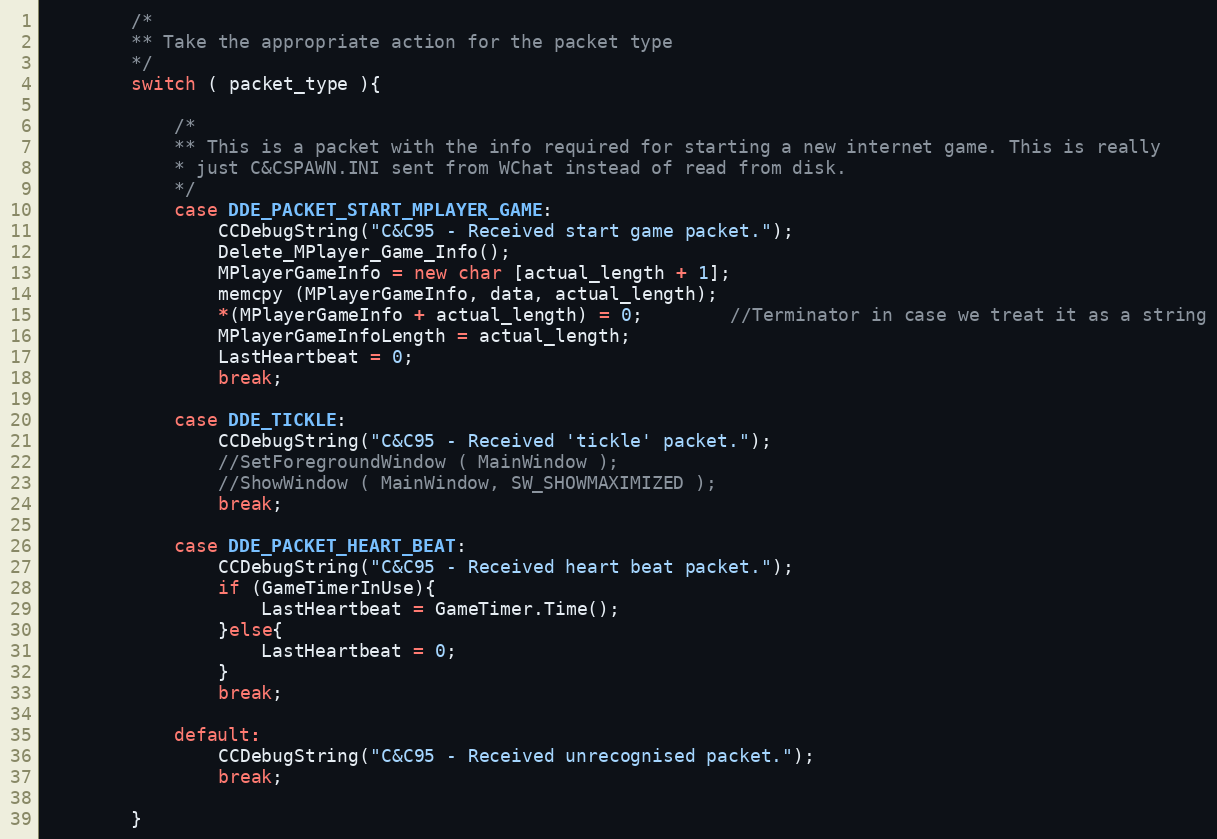
Language: C++
		/*
		** Take the appropriate action for the packet type
		*/
		switch ( packet_type ){

			/*
			** This is a packet with the info required for starting a new internet game. This is really
		 	* just C&CSPAWN.INI sent from WChat instead of read from disk.
			*/
			case DDE_PACKET_START_MPLAYER_GAME:
				CCDebugString("C&C95 - Received start game packet.");
				Delete_MPlayer_Game_Info();
				MPlayerGameInfo = new char [actual_length + 1];
				memcpy (MPlayerGameInfo, data, actual_length);
				*(MPlayerGameInfo + actual_length) = 0;		//Terminator in case we treat it as a string
				MPlayerGameInfoLength = actual_length;
				LastHeartbeat = 0;
				break;

			case DDE_TICKLE:
				CCDebugString("C&C95 - Received 'tickle' packet.");
				//SetForegroundWindow ( MainWindow );
				//ShowWindow ( MainWindow, SW_SHOWMAXIMIZED );
				break;

			case DDE_PACKET_HEART_BEAT:
				CCDebugString("C&C95 - Received heart beat packet.");
				if (GameTimerInUse){
					LastHeartbeat = GameTimer.Time();
				}else{
					LastHeartbeat = 0;
				}
				break;

			default:
				CCDebugString("C&C95 - Received unrecognised packet.");
				break;

		}